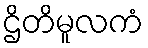
ဌိတိမူလကံ